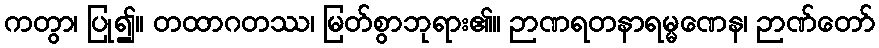
ကတွာ၊ ပြု၍။ တထာဂတဿ၊ မြတ်စွာဘုရား၏။ ဉာဏရတနာရမ္မဏေန၊ ဉာဏ်တော်